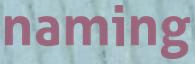
naming